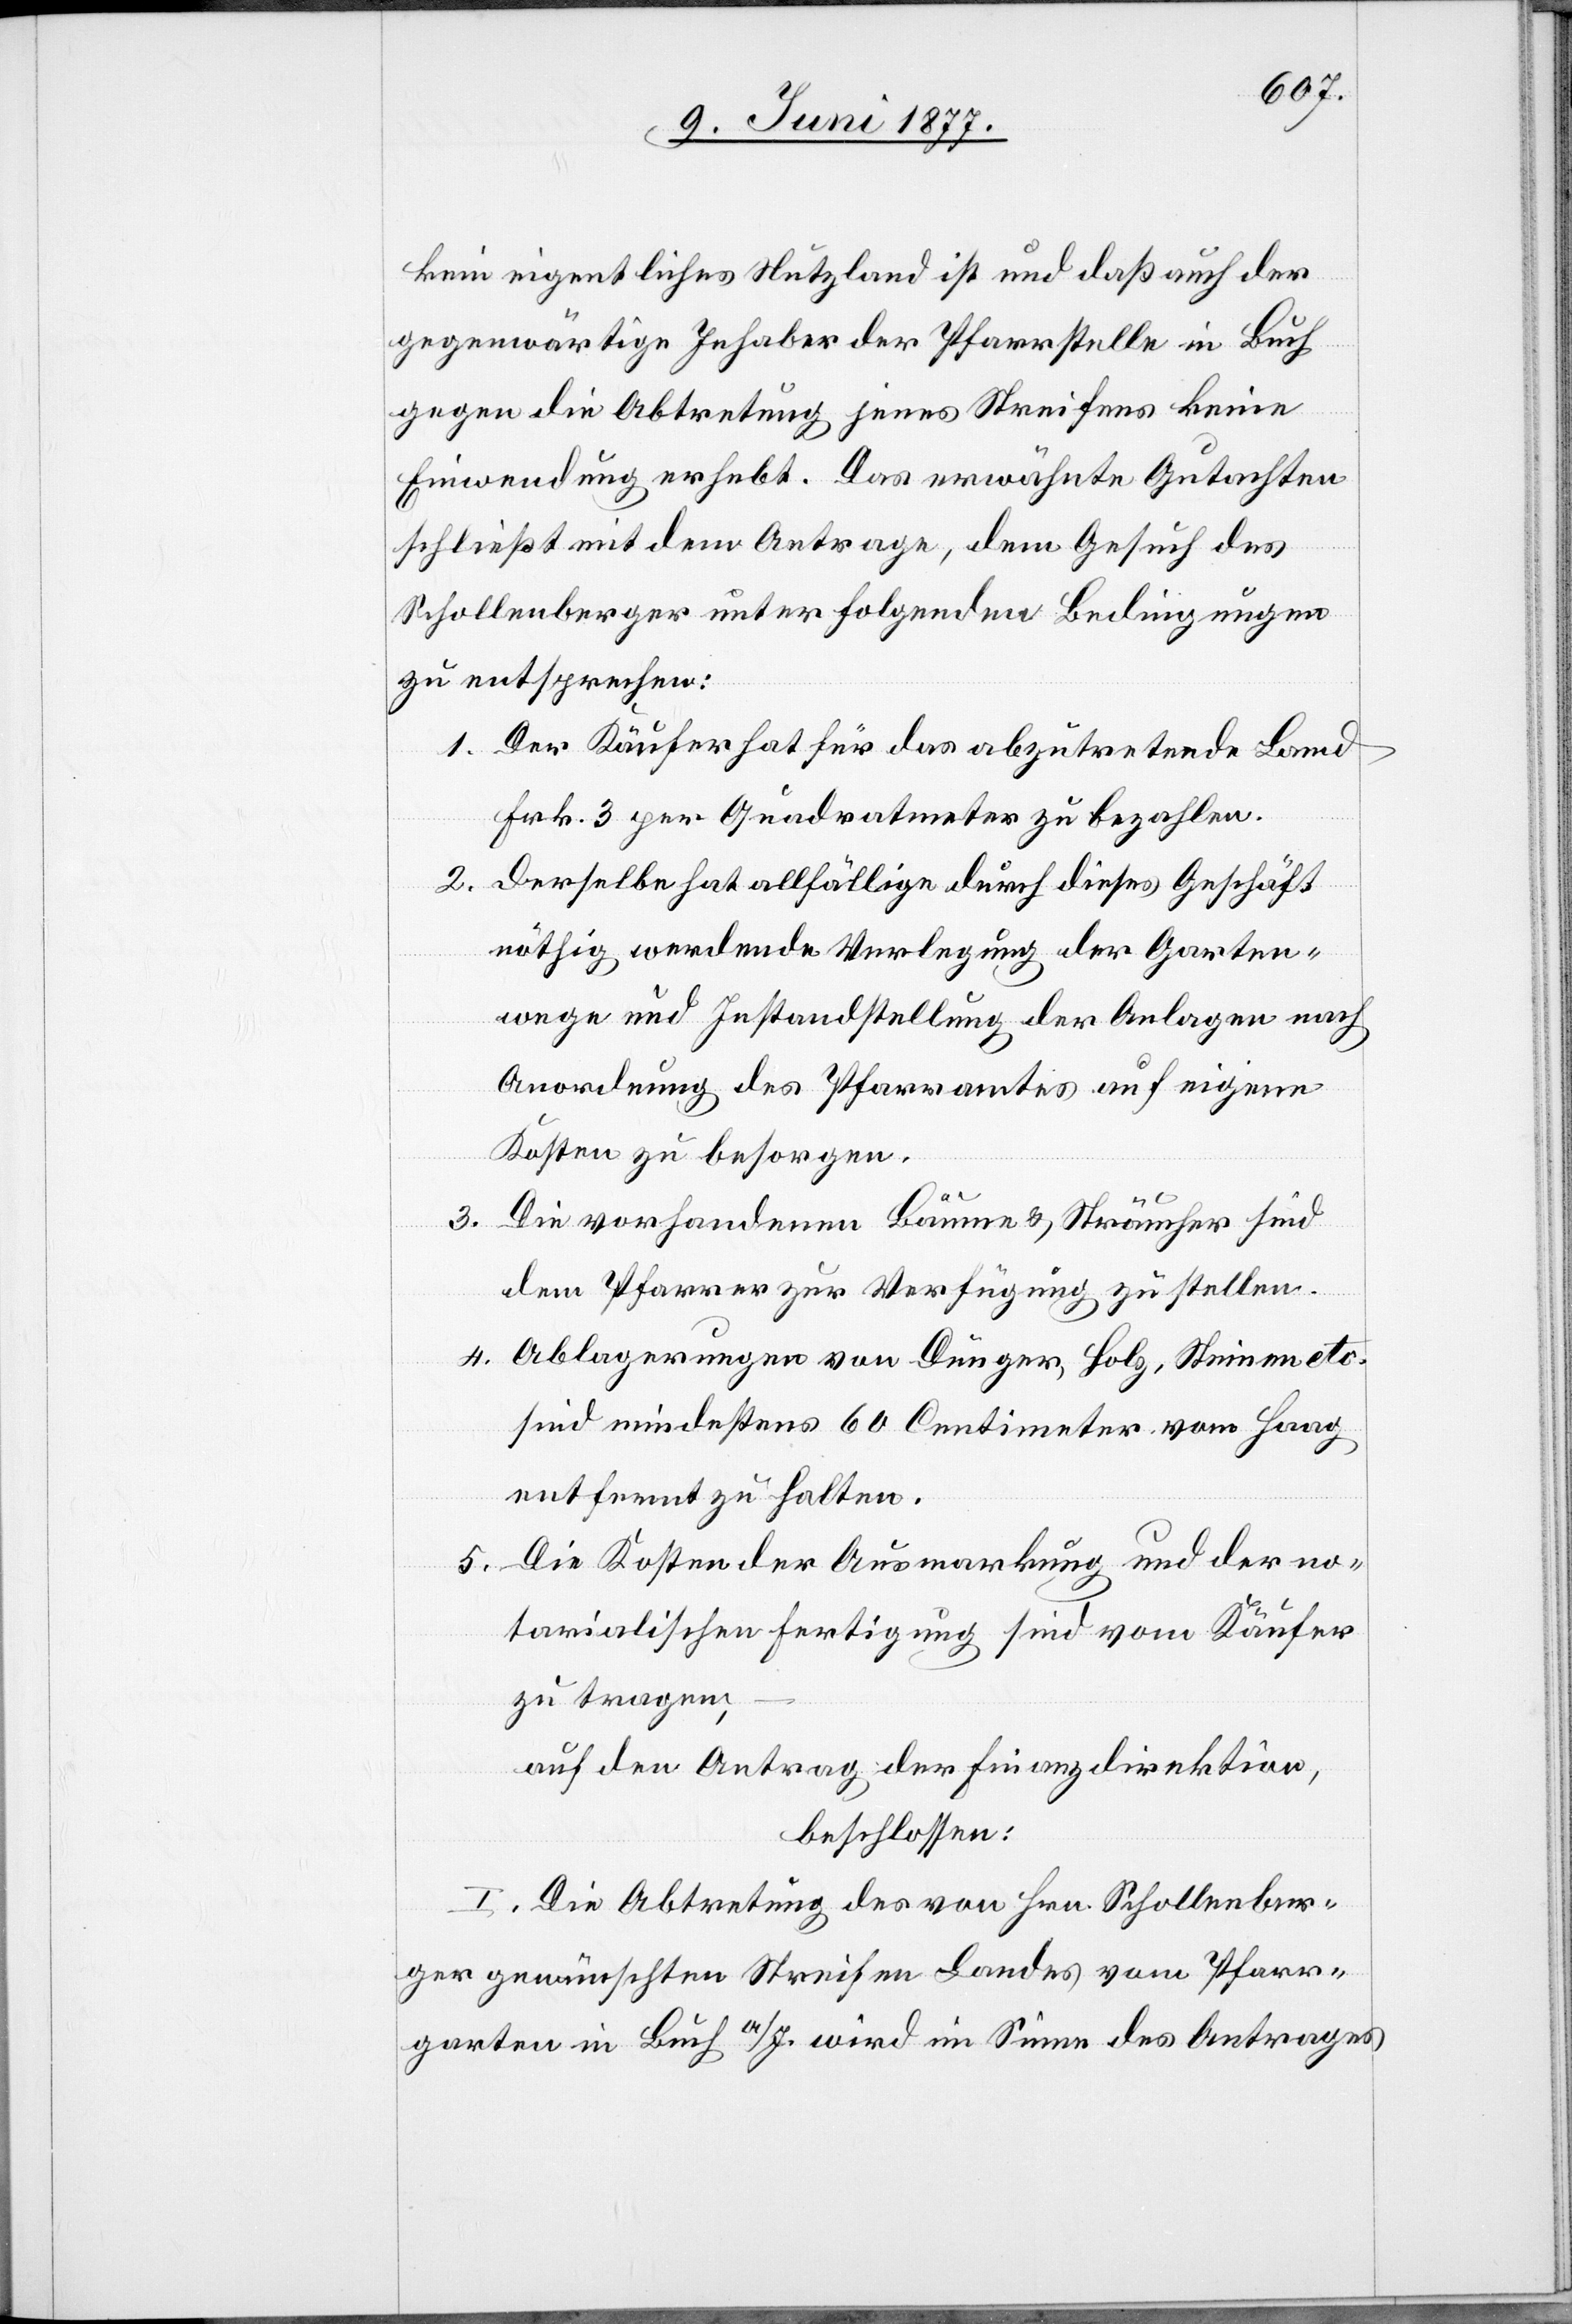
kein eigentliches Nutzland ist und daß auch der
gegenwärtige Inhaber der Pfarrstelle in Buch
gegen die Abtretung jenes Streifens keine
Einwendung erhebt. Das erwähnte Gutachten
schließt mit dem Antrage, dem Gesuch des
Schollenberger unter folgenden Bedingungen
zu entsprechen:
1. Der Käufer hat für das abzutretende Land
Frk. 3 per Quadratmeter zu bezahlen.
2. Derselbe hat allfällige durch dieses Geschäft
nöthig werdende Verlegung der Garten¬
wege und Instandstellung der Anlagen nach
Anordnung des Pfarramtes auf eigene
Kosten zu besorgen.
3. Die vorhandenen Bäume und Sträucher sind
dem Pfarrer zur Verfügung zu stellen.
4. Ablagerungen von Dünger, Holz, Steinen etc.
sind mindestens 60 Centimeter vom Haag
entfernt zu halten.
5. Die Kosten der Ausmarkung und der no¬
tarialischen Fertigung sind vom Käufer
zu tragen,
auf den Antrag der Finanzdirektion,
beschlossen:
I. Die Abtretung des von Hrn. Schollenber¬
ger gewünschten Streifen Landes vom Pfarr¬
garten in Buch a/I. wird im Sinne des Antrages